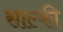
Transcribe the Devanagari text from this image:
साल्की